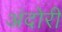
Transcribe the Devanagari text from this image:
अंदोरी